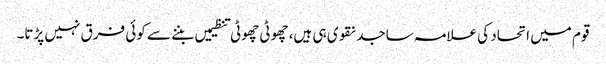
قوم میں اتحاد کی علامہ ساجد نقوی ہی ہیں، چھوٹی چھوٹی تنظیمیں بننے سے کوئی فرق نہیں پڑتا۔